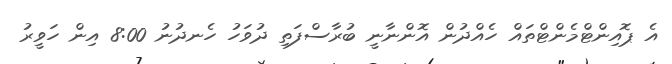
އެ ޕޮއިންޓްމެންޓްތައް ހެއްދުން އޮންނާނީ ބުރާސްފަތި ދުވަހު ހެނދުނު 8:00 އިން ހަވީރު